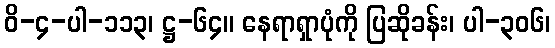
ဝိ-၄-ပါ-၁၁၃၊ ဋ္ဌ-၆၄။ နေရာရှာပုံကို ပြဆိုခန်း၊ ပါ-၃၀၆၊